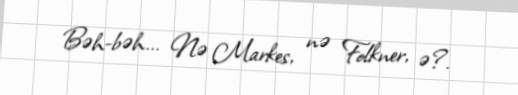
Bəh-bəh... Nə Markes, nə Folkner, ə?.